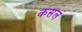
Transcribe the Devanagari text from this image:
कसलं